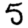
Digit: 5